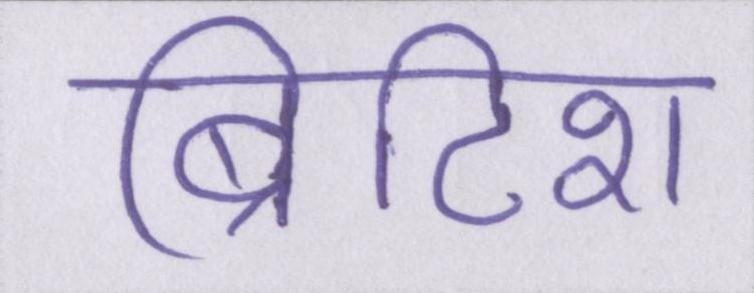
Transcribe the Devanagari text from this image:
ब्रिटिश